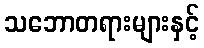
သဘောတရားများနှင့်